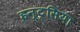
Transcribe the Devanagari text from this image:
इन्ट्सिया